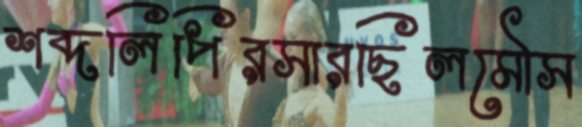
শব্দলিপিরসারছিলমৌস